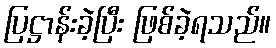
ပြဋ္ဌာန်းခဲ့ပြီး ဖြစ်ခဲ့ရသည်။